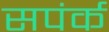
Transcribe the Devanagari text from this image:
सपंर्क